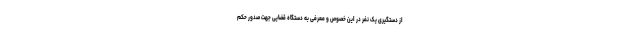
از دستگیری یک نفر در این خصوص و معرفی به دستگاه قضایی جهت صدور حکم